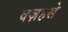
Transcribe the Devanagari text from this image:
वज़हसे